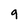
Character: 9